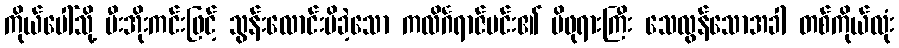
ကိုယ်ပေါ်သို့ မီးအိုးကင်းဖြင့် သွန်းလောင်းမိခဲ့သော ကလိင်္ဂရာဇ်မင်း၏ မိဖုရားကြီး သေလွန်သောအခါ တစ်ကိုယ်လုံး